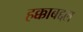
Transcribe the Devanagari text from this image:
हक्काबद्दल